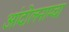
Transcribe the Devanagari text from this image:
आंदोलनाम्चा